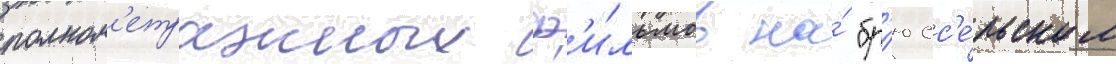
полном'етражных ф'и́льмов на́ "бр'юсс'е́льском